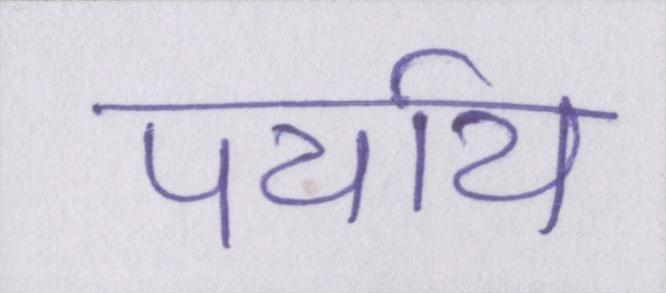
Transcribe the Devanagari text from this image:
पर्याय